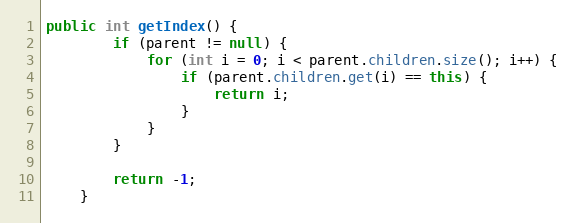
Language: Java
public int getIndex() {
        if (parent != null) {
            for (int i = 0; i < parent.children.size(); i++) {
                if (parent.children.get(i) == this) {
                    return i;
                }
            }
        }

        return -1;
    }